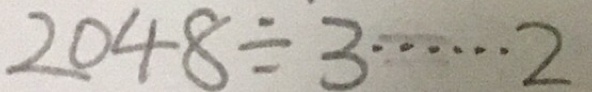
2 0 4 8 \div 3 \cdots 2